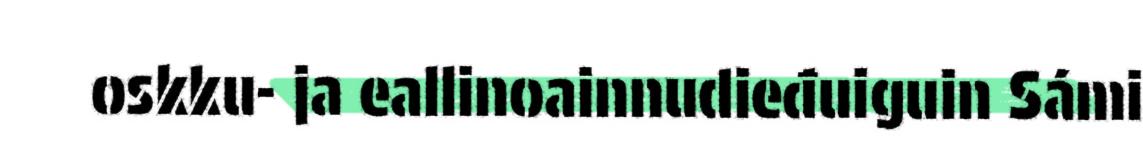
oskku- ja eallinoainnudieđuiguin Sámi